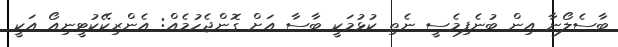
ބާސެލޯނާ އިން ބުނެފިމެސީ ނެތި ކުޅުމަކީ ބާސާ އަށް ގޮންޖެހުމެއް: އެންރިކޭކުޓީނިއޯ އަކީ